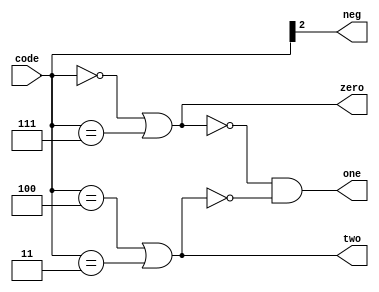
//Function	: 
//read more, please refer to wechat public account "zhishangtanxin"
module booth_enc(
	input [2:0] code,
	output neg,
	output zero,
	output one,
	output two
);

assign neg  = code[2];
assign zero = (code==3'b000) || (code==3'b111);
assign two  = (code==3'b100) || (code==3'b011);
assign one  = !zero & !two;

endmodule